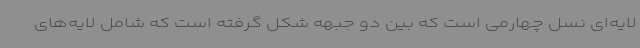
لایه‌ای نسل چهارمی است که بین دو جبهه شکل گرفته است که شامل لایه‌های